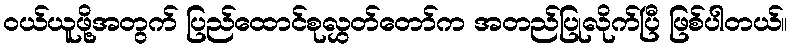
ဝယ်ယူဖို့အတွက် ပြည်ထောင်စုလွှတ်တော်က အတည်ပြုလိုက်ပြီ ဖြစ်ပါတယ်။